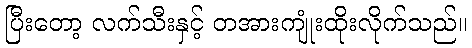
ပြီးတော့ လက်သီးနှင့် တအားကျုံးထိုးလိုက်သည်။